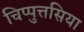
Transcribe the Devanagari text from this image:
चिप्पुत्तसिया